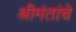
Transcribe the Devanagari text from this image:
श्रीमंतांचे